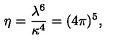
\eta = { \frac { \lambda ^ { 6 } } { \kappa ^ { 4 } } } = ( 4 \pi ) ^ { 5 } ,